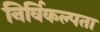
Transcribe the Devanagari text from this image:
निर्विकल्पता